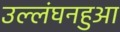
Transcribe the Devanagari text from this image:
उल्लंघनहुआ